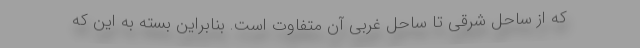
که از ساحل شرقی تا ساحل غربی آن متفاوت است. بنابراین بسته به این که